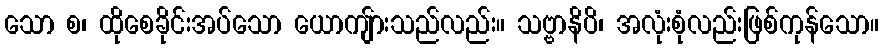
သော စ၊ ထိုစေခိုင်းအပ်သော ယောကျ်ားသည်လည်း။ သဗ္ဗာနိပိ၊ အလုံးစုံလည်းဖြစ်ကုန်သော။